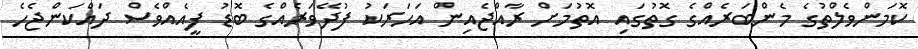
ކޮމަންވެލްތުގެ މެންބަރެއްގެ ގޮތުގައި އޮތުމަށް ރާއްޖެއިން އަހަރަކު ފުދޭވަރެއްގެ ބޮޑު ފީއެއްވެސް ދައްކަންޖެހެ